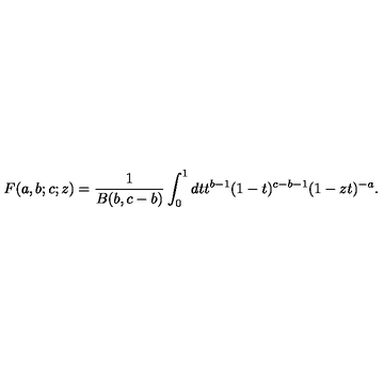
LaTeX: F ( a , b ; c ; z ) = \frac { 1 } { B ( b , c - b ) } \int _ { 0 } ^ { 1 } { d t t ^ { b - 1 } ( 1 - t ) ^ { c - b - 1 } ( 1 - z t ) ^ { - a } } .